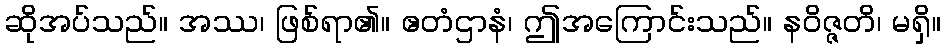
ဆိုအပ်သည်။ အဿ၊ ဖြစ်ရာ၏။ ဧတံဌာနံ၊ ဤအကြောင်းသည်။ နဝိဇ္ဇတိ၊ မရှိ။